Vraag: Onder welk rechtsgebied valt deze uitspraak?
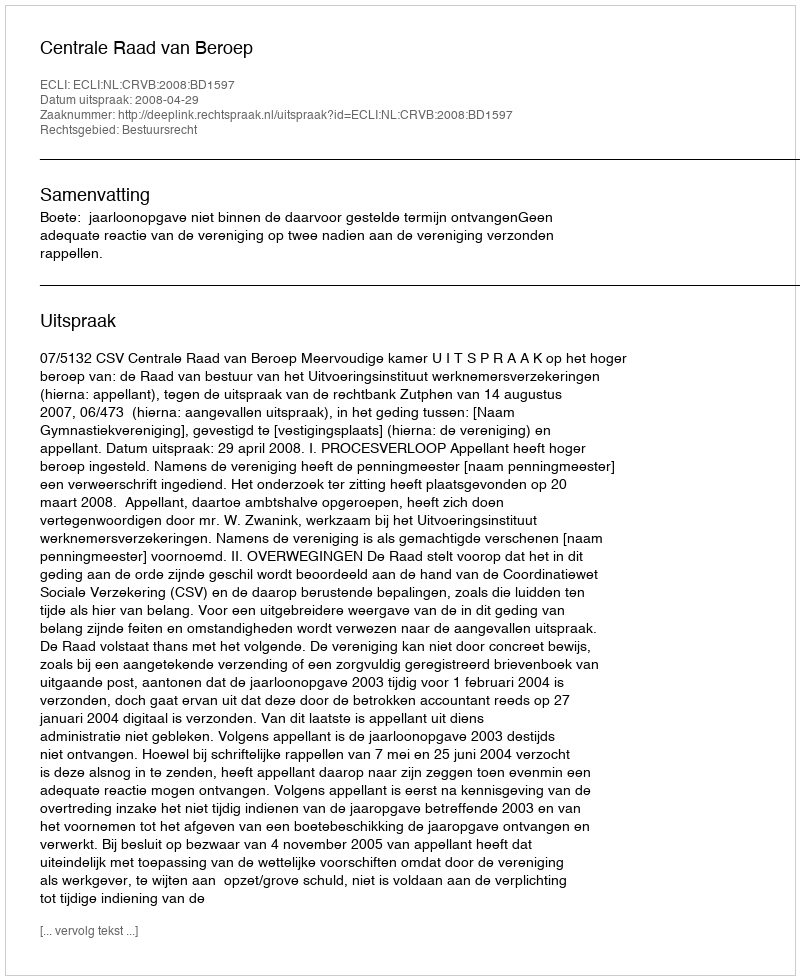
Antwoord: Bestuursrecht